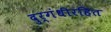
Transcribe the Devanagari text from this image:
दुर्गंधीरहित